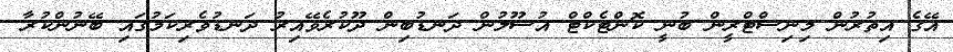
އޭގެ އިތުރުން މިނިސްޓްރީން ބުނީ ކޮންޓެކްޓް އުސޫލުން ދަނޑުބިން ދޫކުރެވޭއިރު ދަނޑުވެރިކަމުގައި ބޭނުންކުރާ